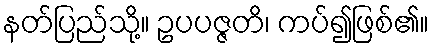
နတ်ပြည်သို့။ ဥပပဇ္ဇတိ၊ ကပ်၍ဖြစ်၏။